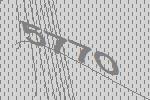
5770